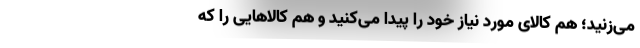
می‌زنید؛ هم کالای مورد نیاز خود را پیدا می‌کنید و هم کالاهایی را که